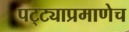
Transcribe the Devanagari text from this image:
पट्ट्याप्रमाणेच